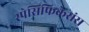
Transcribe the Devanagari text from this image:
स्पेसिफिकेसंस